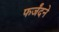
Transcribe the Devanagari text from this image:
फर्जंदने